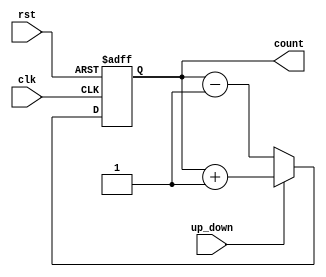
module MultiBitCounter (
    input wire clk,                // Clock input
    input wire rst,                // Asynchronous reset
    input wire up_down,            // Up/Down control signal (1 for up, 0 for down)
    output reg [3:0] count         // 4-bit counter output
);

// Always block to implement the counter behavior
always @(posedge clk or posedge rst) begin
    if (rst) begin
        count <= 4'b0000;          // Reset the counter to 0
    end else begin
        if (up_down) begin
            count <= count + 1;    // Count up
        end else begin
            count <= count - 1;    // Count down
        end
    end
end

endmodule